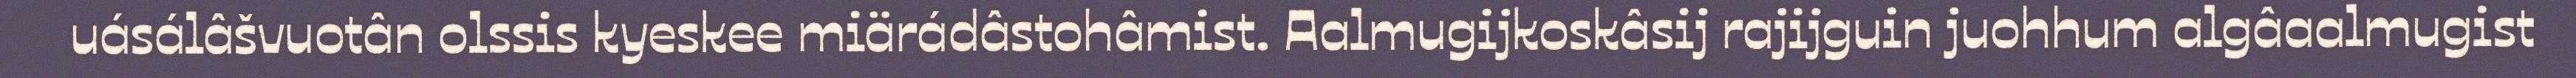
uásálâšvuotân olssis kyeskee miärádâstohâmist. Aalmugijkoskâsij rajijguin juohhum algâaalmugist